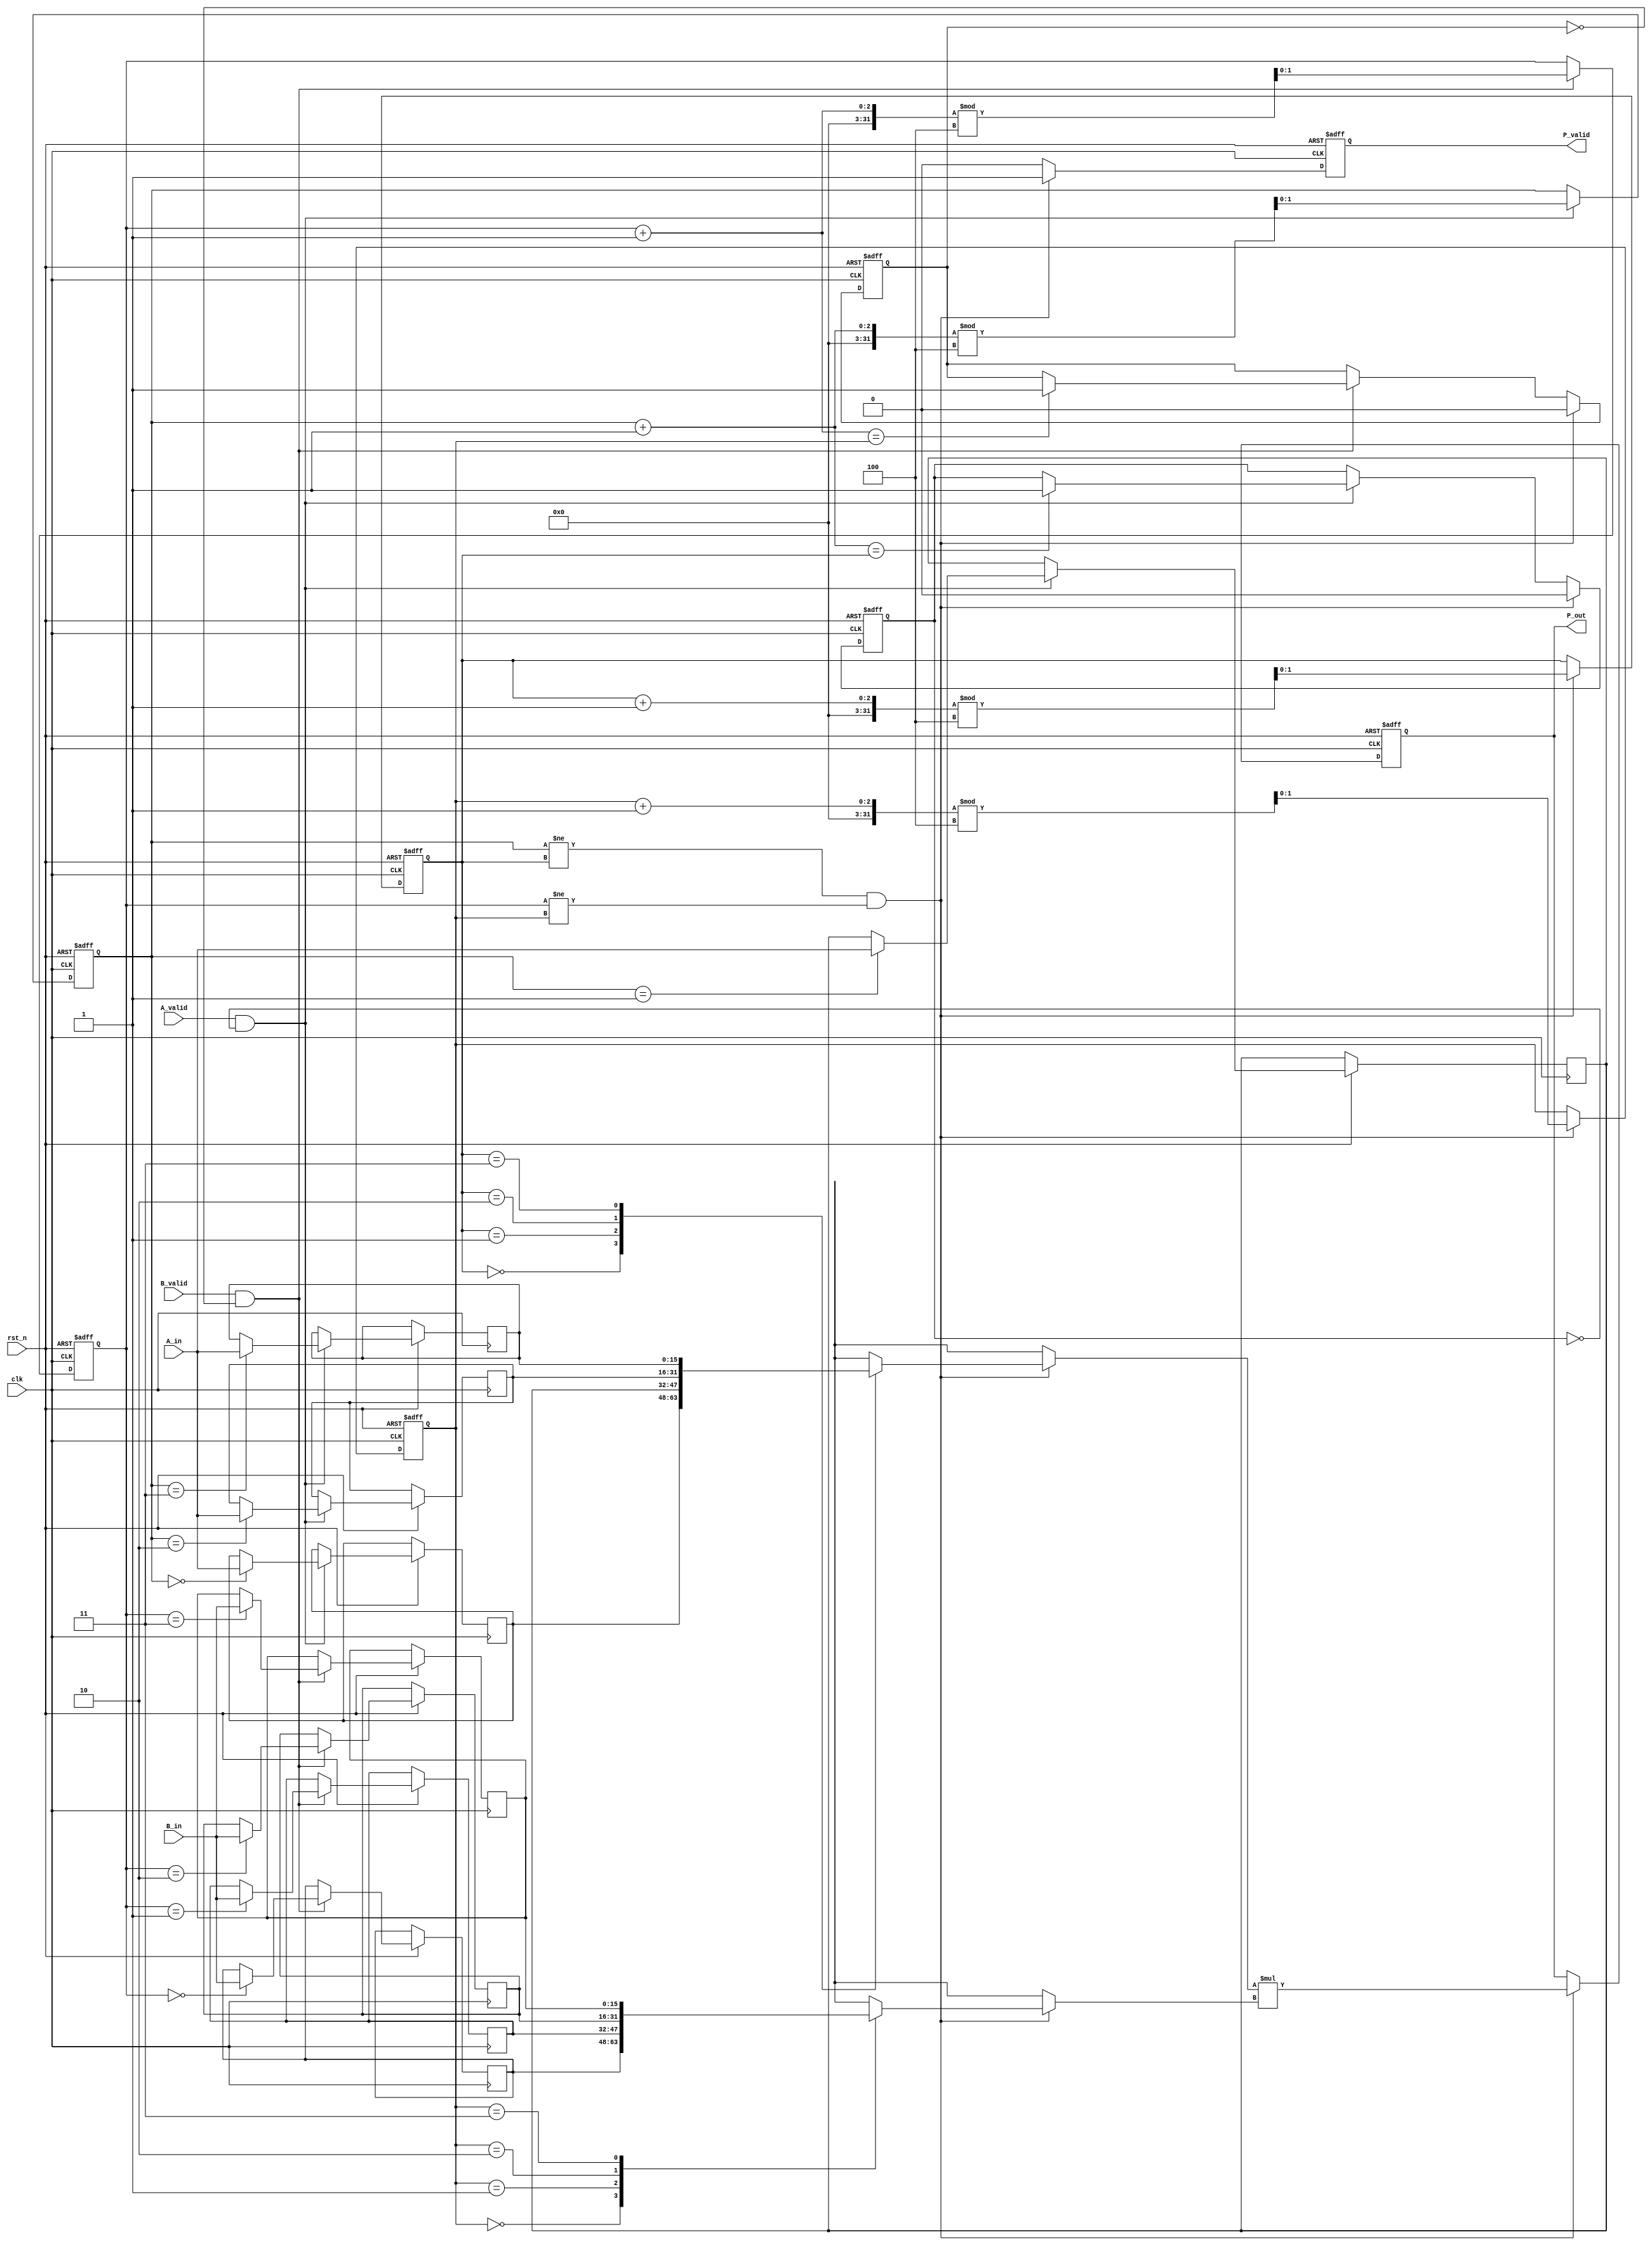
module streaming_multiplier #(
    parameter DATA_WIDTH = 16, // Bit-width of input data
    parameter BUFFER_SIZE = 4   // Size of the input buffers
)(
    input wire clk,              // Clock signal
    input wire rst_n,            // Active low reset
    input wire [DATA_WIDTH-1:0] A_in, // Input stream A
    input wire [DATA_WIDTH-1:0] B_in, // Input stream B
    input wire A_valid,          // Valid signal for input A
    input wire B_valid,          // Valid signal for input B
    output reg [2*DATA_WIDTH-1:0] P_out, // Output product
    output reg P_valid           // Valid signal for output product
);

    // Input buffers
    reg [DATA_WIDTH-1:0] A_buffer [0:BUFFER_SIZE-1];
    reg [DATA_WIDTH-1:0] B_buffer [0:BUFFER_SIZE-1];
    reg [1:0] A_head, A_tail; // Pointers for A buffer
    reg [1:0] B_head, B_tail; // Pointers for B buffer
    reg A_full, B_full;       // Buffer full flags

    // Control logic for buffering
    always @(posedge clk or negedge rst_n) begin
        if (!rst_n) begin
            A_head <= 0;
            A_tail <= 0;
            A_full <= 0;
            B_head <= 0;
            B_tail <= 0;
            B_full <= 0;
            P_out <= 0;
            P_valid <= 0;
        end else begin
            // Input A buffering
            if (A_valid && !A_full) begin
                A_buffer[A_head] <= A_in;
                A_head <= (A_head + 1) % BUFFER_SIZE;
                if (A_head + 1 == A_tail) A_full <= 1; // Check for full
            end
            
            // Input B buffering
            if (B_valid && !B_full) begin
                B_buffer[B_head] <= B_in;
                B_head <= (B_head + 1) % BUFFER_SIZE;
                if (B_head + 1 == B_tail) B_full <= 1; // Check for full
            end

            // Multiplication and output generation
            if (A_head != A_tail && B_head != B_tail) begin
                P_out <= A_buffer[A_tail] * B_buffer[B_tail]; // Multiply
                P_valid <= 1; // Set output valid

                // Update buffer pointers
                A_tail <= (A_tail + 1) % BUFFER_SIZE;
                B_tail <= (B_tail + 1) % BUFFER_SIZE;

                // Reset full flags if necessary
                A_full <= 0;
                B_full <= 0;
            end else begin
                P_valid <= 0; // No valid output if buffers are empty
            end
        end
    end

endmodule